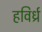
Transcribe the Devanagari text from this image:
हविर्ध्र